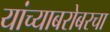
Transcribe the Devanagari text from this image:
यांच्याबरोबरचा